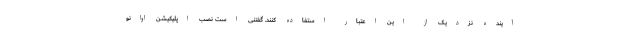
آینده نزدیک از این اعتبار استفاده کنند. گفتنی است نصب اپلیکیشن اوانو